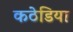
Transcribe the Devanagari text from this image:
कठेडिया